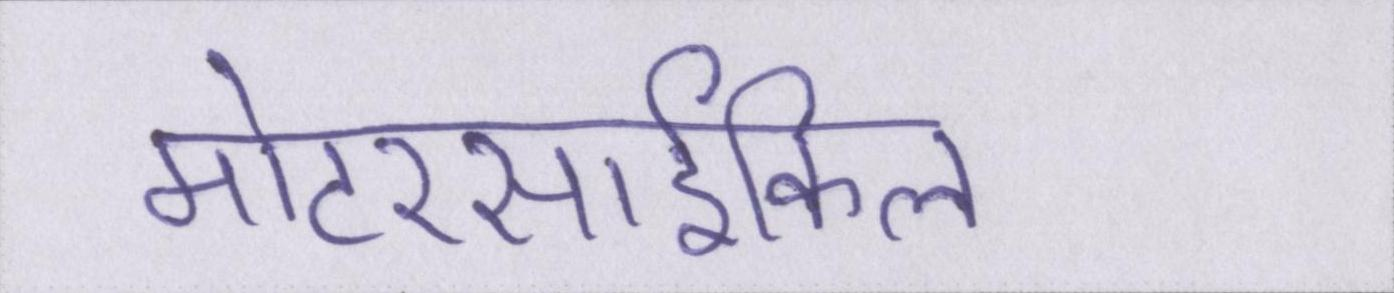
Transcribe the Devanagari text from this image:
मोटरसार्इकिल